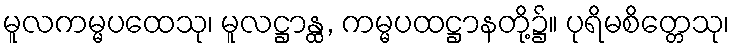
မူလကမ္မပထေသု၊ မူလဋ္ဌာန္ထ, ကမ္မပထဋ္ဌာနတို့၌။ ပုရိမစိတ္တေသု၊